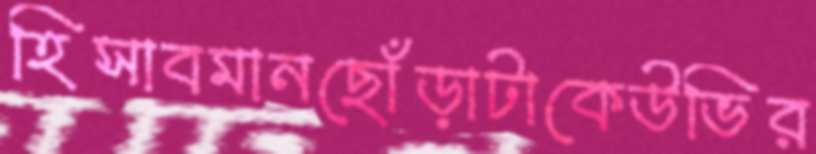
হিসাবমানছোঁড়াটাকেউভির